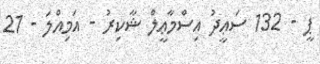
ޕީ - 132 ސަޢީދު އިސްމާޢީލް ޝާކިރު - އަމިއްލަ - 21